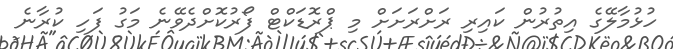
ހުޅުމާލޭގެ އިތުރުން ކައިރި ރަށްރަށަށް މި ޕްރޮޑަކްޓް ފޯރުކޮށްދެވޭނެ މަގު ފަހި ކުރާނެ